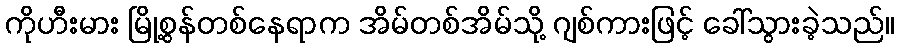
ကိုဟီးမား မြို့စွန်တစ်နေရာက အိမ်တစ်အိမ်သို့ ဂျစ်ကားဖြင့် ခေါ်သွားခဲ့သည်။